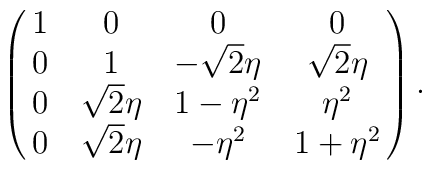
\pmatrix{1 & 0 & 0 & 0 \cr 0 & 1 & -\sqrt{2}\eta & \sqrt{2}\eta \cr0 & \sqrt{2}\eta & 1 - \eta^{2} & \eta^{2} \cr0 & \sqrt{2}\eta & -\eta^{2} & 1 + \eta^{2}} .